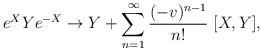
\begin{align*}e^X Y e^{-X} \to Y + \sum_{n=1}^\infty {(-v)^{n-1}\over n!}\; [X,Y],\end{align*}